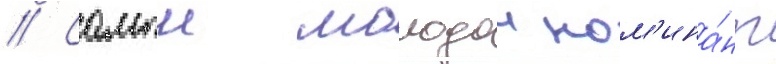
// Самыи молодои ном'ина́нт